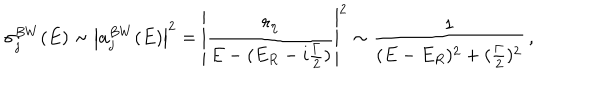
LaTeX: \sigma _ { j } ^ { B W } ( E ) \sim \left| a _ { j } ^ { B W } ( E ) \right| ^ { 2 } = \left| \frac { r _ { \eta } } { E - ( E _ { R } - i \frac { \Gamma } { 2 } ) } \right| ^ { 2 } \sim \frac { 1 } { ( E - E _ { R } ) ^ { 2 } + ( \frac { \Gamma } { 2 } ) ^ { 2 } } \, ,